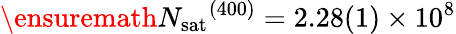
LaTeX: \ensuremath{N_{\mathrm{sat}}}^{(400)}=2.28(1)\times 10^{8}